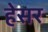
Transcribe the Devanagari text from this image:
हेसर